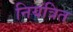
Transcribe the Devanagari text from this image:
नियंत्रित